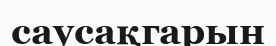
саусақгарын